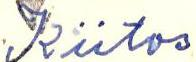
Kiitos